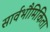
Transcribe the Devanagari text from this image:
सार्वभौमिकिता